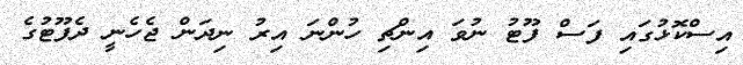
އިސްކޮޅުގައި ފަސް ފޫޓު ނުވަ އިންޗި ހުންނަ އިރު ނިދަން ޖެހެނީ ދެފޫޓުގެ